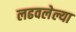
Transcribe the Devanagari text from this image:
लढवलेल्या